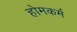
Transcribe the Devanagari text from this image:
होमकर्म